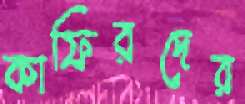
কাফিরদের